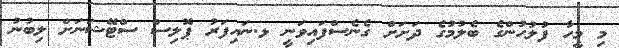
މި މީހާ ފުލުހުންގެ ބެލުމުގެ ދަށަށް ގެނެސްފައިވަނީ ޅ.ނައިފަރު ޕޮލިސް ސްޓޭޝަނަށް ލިބުނު